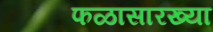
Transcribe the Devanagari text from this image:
फळासारख्या